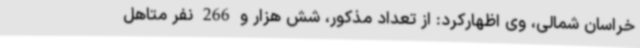
خراسان شمالی، وی اظهارکرد: از تعداد مذکور، شش هزار و 266 نفر متاهل